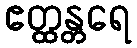
ဧတ္ထန္တရေ